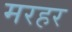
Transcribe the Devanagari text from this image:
मरहर